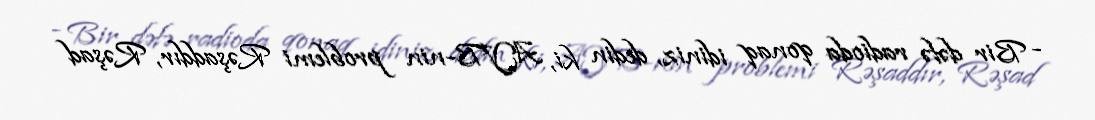
- Bir dəfə radioda qonaq idiniz, dedin ki, AYB-nin problemi Rəşaddır, Rəşad